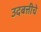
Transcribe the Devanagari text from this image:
उदबत्तीचे